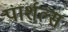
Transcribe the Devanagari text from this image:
पार्शल्स